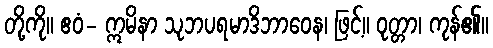
တို့ကို။ ဧဝံ- ဣမိနာ သုဘပရမာဒိဘာဝေန၊ ဖြင့်။ ဝုတ္တာ၊ ကုန်၏။